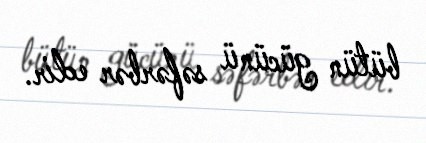
bütün gücünü səfərbər edir.